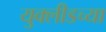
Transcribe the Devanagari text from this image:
युक्लीडच्या